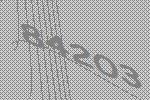
84203